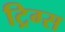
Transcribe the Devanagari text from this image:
ट्रिग्स